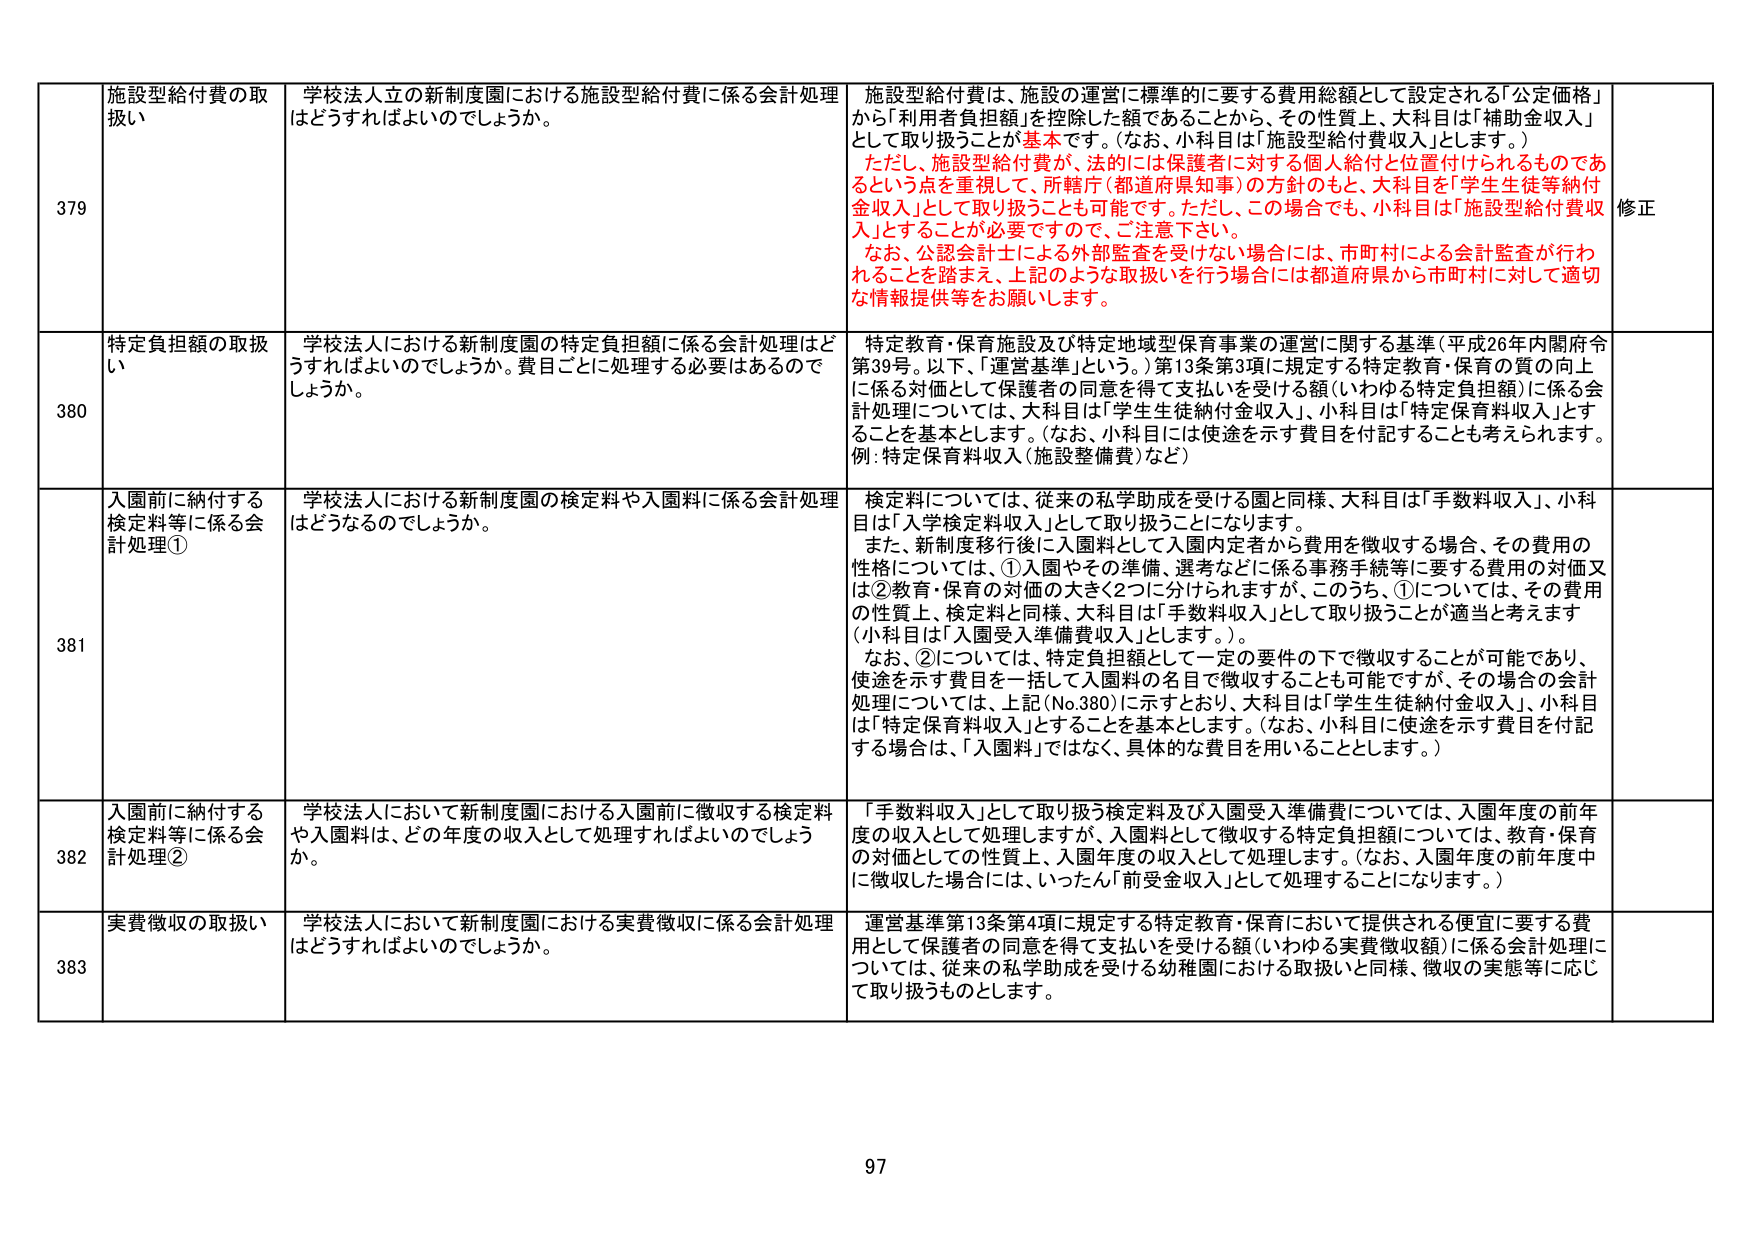
379 施設型給付費の取扱い 学校法人立の新制度園における施設型給付費に係る会計処理はどうすればよいのでしょうか。 施設型給付費は、施設の運営に標準的に要する費用総額として設定される「公定価格」から「利用者負担額」を控除した額であることから、その性質上、大科目は「補助金収入」として取り扱うことが基本です。（なお、小科目は「施設型給付費収入」とします。） ただし、施設型給付費が、法的には保護者に対する個人給付と位置付けられるものであるという点を重視して、所轄庁（都道府県知事）の方針のもと、大科目を「学生生徒等納付金収入」として取り扱うことも可能です。ただし、この場合でも、小科目は「施設型給付費収入」とすることが必要ですので、ご注意下さい。 なお、公認会計士による外部監査を受けない場合には、市町村による会計監査が行われることを踏まえ、上記のような取扱いを行う場合には都道府県から市町村に対して適切な情報提供等をお願いします。 修正

380 特定負担額の取扱い 学校法人における新制度園の特定負担額に係る会計処理はどうすればよいのでしょうか。費目ごとに処理する必要はあるのでしょうか。 特定教育・保育施設及び特定地域型保育事業の運営に関する基準（平成26年内閣府令第39号。以下、「運営基準」という。）第13条第3項に規定する特定教育・保育の質の向上に係る対価として保護者の同意を得て支払いを受ける額（いわゆる特定負担額）に係る会計処理については、大科目は「学生生徒納付金収入」、小科目は「特定保育料収入」とすることを基本とします。（なお、小科目には使途を示す費目を付記することも考えられます。例：特定保育料収入（施設整備費）など）

381 入園前に納付する検定料等に係る会計処理① 学校法人における新制度園の検定料や入園料に係る会計処理はどうなるのでしょうか。 検定料については、従来の私学助成を受ける園と同様、大科目は「手数料収入」、小科目は「入学検定料収入」として取り扱うことになります。 また、新制度移行後に入園料として入園内定者から費用を徴収する場合、その費用の性格については、①入園やその準備、選考などに係る事務手続等に要する費用の対価又は②教育・保育の対価の大きく2つに分けられますが、このうち、①については、その費用の性質上、検定料と同様、大科目は「手数料収入」として取り扱うことが適当と考えます（小科目は「入園受入準備費収入」とします。）。 なお、②については、特定負担額として一定の要件の下で徴収することが可能であり、使途を示す費目を一括して入園料の名目で徴収することも可能ですが、その場合の会計処理については、上記（No.380）に示すとおり、大科目は「学生生徒納付金収入」、小科目は「特定保育料収入」とすることを基本とします。（なお、小科目に使途を示す費目を付記する場合は、「入園料」ではなく、具体的な費目を用いることとします。）

382 入園前に納付する検定料等に係る会計処理② 学校法人において新制度園における入園前に徴収する検定料や入園料は、どの年度の収入として処理すればよいのでしょうか。 「手数料収入」として取り扱う検定料及び入園受入準備費については、入園年度の前年度の収入として処理しますが、入園料として徴収する特定負担額については、教育・保育の対価としての性質上、入園年度の収入として処理します。（なお、入園年度の前年度中に徴収した場合には、いったん「前受金収入」として処理することになります。）

383 実費徴収の取扱い 学校法人において新制度園における実費徴収に係る会計処理はどうすればよいのでしょうか。 運営基準第13条第4項に規定する特定教育・保育において提供される便宜に要する費用として保護者の同意を得て支払いを受ける額（いわゆる実費徴収額）に係る会計処理については、従来の私学助成を受ける幼稚園における取扱いと同様、徴収の実態等に応じて取り扱うものとします。

97